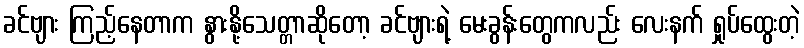
ခင်ဗျား ကြည့်နေတာက နွားနို့သေတ္တာဆိုတော့ ခင်ဗျားရဲ့ မေးခွန်းတွေကလည်း လေးနက် ရှုပ်ထွေးတဲ့